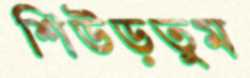
শিউড়তুম